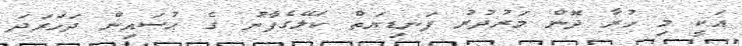
އަކީ މި ހުރާ ދޮން މަރުދުރު ފަނޑިޔަތް ކަލޭގެފާނު ގެ ޙުސައިން ދަހަރަދަ